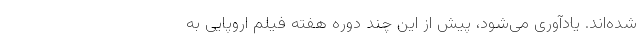
شده‌اند. یادآوری می‌شود، پیش از این چند دوره هفته فیلم اروپایی به